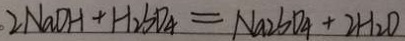
2 N a O H + H _ { 2 } S O _ { 4 } = N a _ { 2 } S O _ { 4 } + 2 H _ { 2 } O